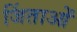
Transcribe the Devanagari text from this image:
जिंताओं